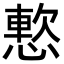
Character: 𫺸